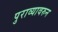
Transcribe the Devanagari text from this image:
पुराव्यावरुन